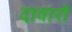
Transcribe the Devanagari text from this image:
दावारों